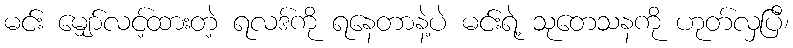
မင်း မျှော်လင့်ထားတဲ့ ရလဒ်ကို ရနေတာနဲ့ပဲ မင်းရဲ့ သုတေသနကို ဟုတ်လှပြီ၊